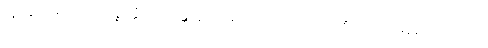
သူကြွယ်မသည်။ အဇ္ဈတ္တံ၊ မိမိသန္တာန်၌။ စေတော သမထဿ၊ စိတ်ကို ငြိမစေတတ်သော